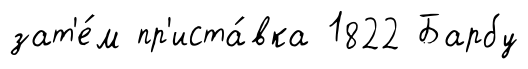
зат'е́м пр'иста́вка 1822 Барбу